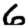
Digit: 6